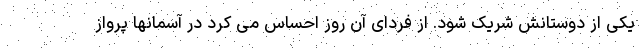
یکی از دوستانش شریک شود. از فردای آن روز احساس می کرد در آسمانها پرواز